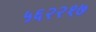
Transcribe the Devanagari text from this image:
५६२२१७